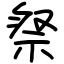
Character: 祭